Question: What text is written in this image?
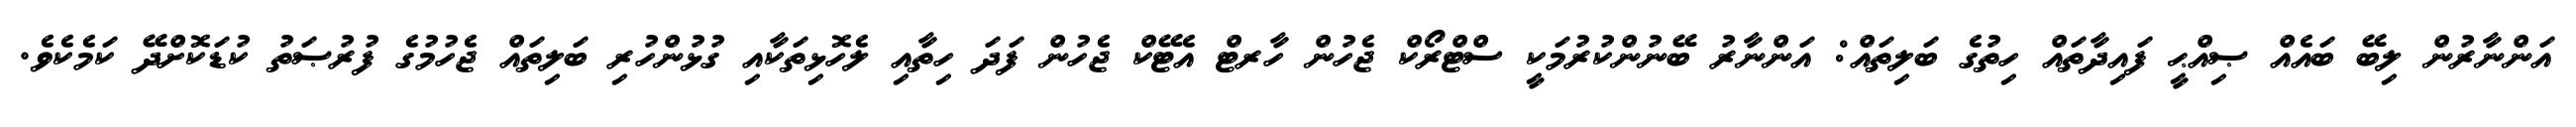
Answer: އަންނާރުން ލިބޭ ބައެއް ޞިއްޙީ ފައިދާތައް ހިތުގެ ބަލިތައް: އަންނާރު ބޭނުންކުރުމަކީ ސްޓްރޯކް ޖެހުން ހާރޓް އެޓޭކް ޖެހުން ފަދަ ހިތާއި ލެހޮޅިތަކާއި ގުޅުންހުރި ބަލިތައް ޖެހުމުގެ ފުރުޞަތު ކުޑަކޮށްދޭ ކަމެކެވެ.